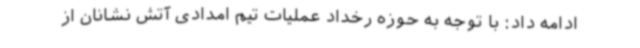
ادامه داد: با توجه به حوزه رخداد عملیات تیم امدادی آتش نشانان از